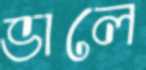
ভালে